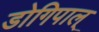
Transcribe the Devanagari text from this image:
डोगिपाल्